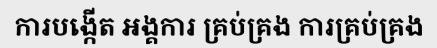
ការបង្កើត អង្គការ គ្រប់គ្រង ការគ្រប់គ្រង